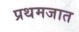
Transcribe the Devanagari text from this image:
प्रथमजात